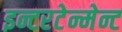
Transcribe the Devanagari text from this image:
इन्टरटेन्मेन्ट